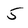
Character: 5